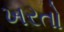
ખરતો